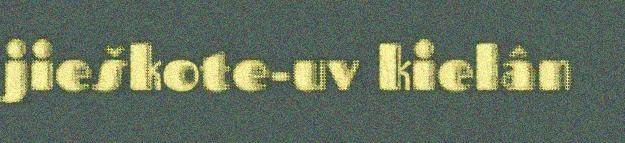
jieškote-uv kielân